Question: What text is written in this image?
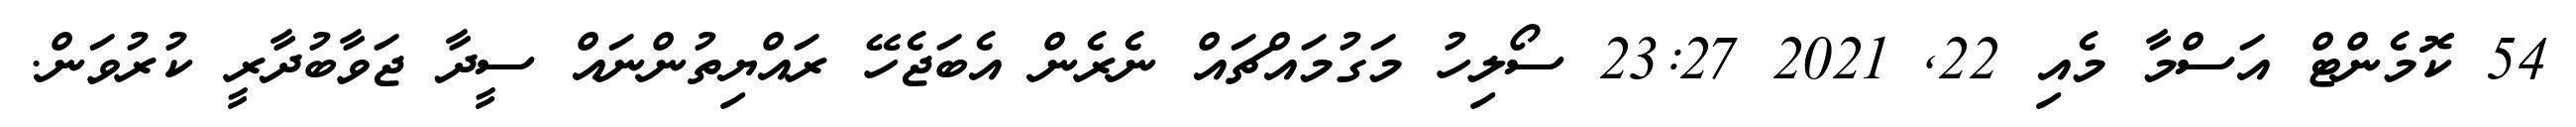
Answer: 54 ކޮމެންޓް އަސްމާ މެއި 22, 2021 23:27 ސޯލިހު މަގުމައްޗައް ނެރެން އެބަޖެހޭ ރައްޔިތުންނައް ސީދާ ޖަވާބުދާރީ ކުރުވަން.